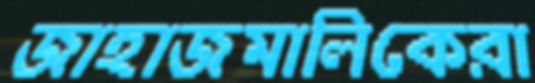
জাহাজমালিকেরা